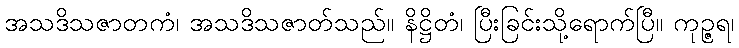
အသဒိသဇာတကံ၊ အသဒိသဇာတ်သည်။ နိဋ္ဌိတံ၊ ပြီးခြင်းသို့ရောက်ပြီ။ ကုဉ္ဇရ၊